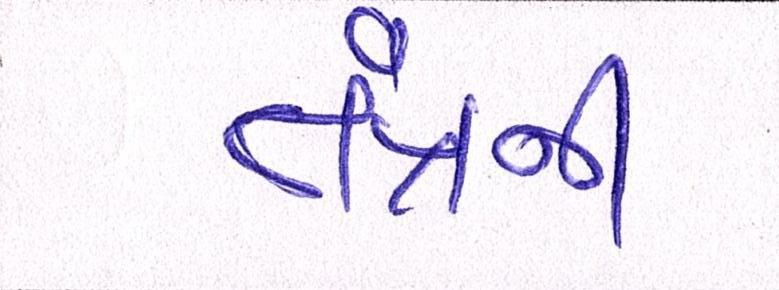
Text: તંત્રની